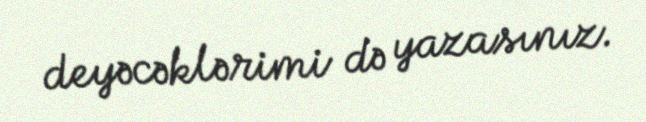
deyəcəklərimi də yazasınız.